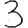
Digit: 3